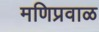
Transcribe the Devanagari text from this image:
मणिप्रवाळ